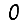
Digit: 0